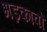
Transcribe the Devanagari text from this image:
भड़कावों